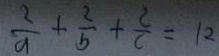
\frac { 2 } { a } + \frac { 2 } { b } + \frac { 2 } { c } = 1 2